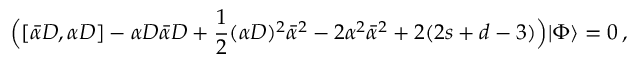
\Bigl ( [ \bar { \alpha } D , \alpha D ] - \alpha D \bar { \alpha } D + \frac { 1 } { 2 } ( \alpha D ) ^ { 2 } \bar { \alpha } ^ { 2 } - 2 \alpha ^ { 2 } \bar { \alpha } ^ { 2 } + 2 ( 2 s + d - 3 ) \Bigr ) | \Phi \rangle = 0 \, ,